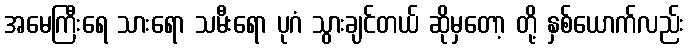
အမေကြီးရေ သားရော သမီးရော ပုဂံ သွားချင်တယ် ဆိုမှတော့ တို့ နှစ်ယောက်လည်း